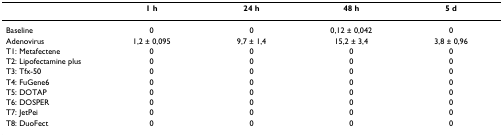
|  | 1 h | 24 h | 48 h | 5 d |
 | --- | --- | --- | --- | --- |
 | Baseline | 0 | 0 | 0,12 ± 0,042 | 0 |
 | Adenovirus | 1,2 ± 0,095 | 9,7 ± 1,4 | 15,2 ± 3,4 | 3,8 ± 0,96 |
 | T1: Metafectene | 0 | 0 | 0 | 0 |
 | T2: Lipofectamine plus | 0 | 0 | 0 | 0 |
 | T3: Tfx-50 | 0 | 0 | 0 | 0 |
 | T4: FuGene6 | 0 | 0 | 0 | 0 |
 | T5: DOTAP | 0 | 0 | 0 | 0 |
 | T6: DOSPER | 0 | 0 | 0 | 0 |
 | T7: JetPei | 0 | 0 | 0 | 0 |
 | T8: DuoFect | 0 | 0 | 0 | 0 |